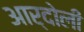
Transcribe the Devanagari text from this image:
आर्दोली